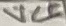
Text: VCC